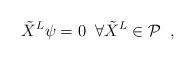
LaTeX: \begin{align*}\tilde{X}^L\psi=0\;\;\forall \tilde{X}^L\in {\cal P}\;\; ,\end{align*}